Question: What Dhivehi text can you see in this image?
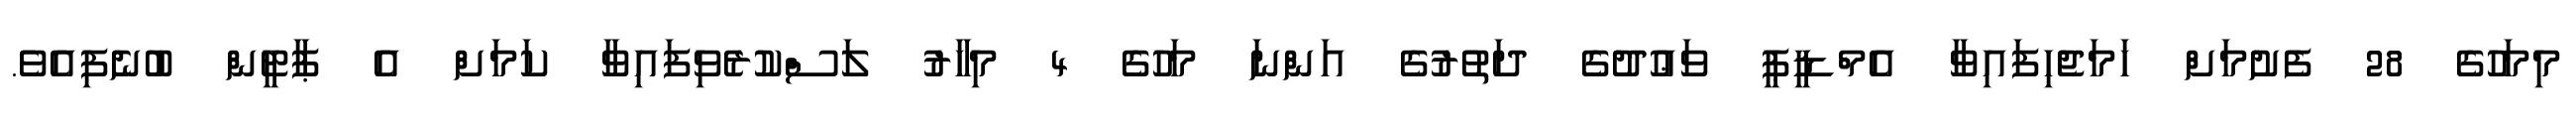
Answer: މިމަހުގެ 28 ފެށުމަށް ހަމަޖެހިފައިވާ އެމްޑީޕީ ވަޢުދުގެ ދަތުރުގެ އަންނަ މަހުގެ 4 މިހާރު ލަސްކުރެވިފައިވާ ކަމަށް އެ ޕާޓީން ބުނެފިއެވެ.